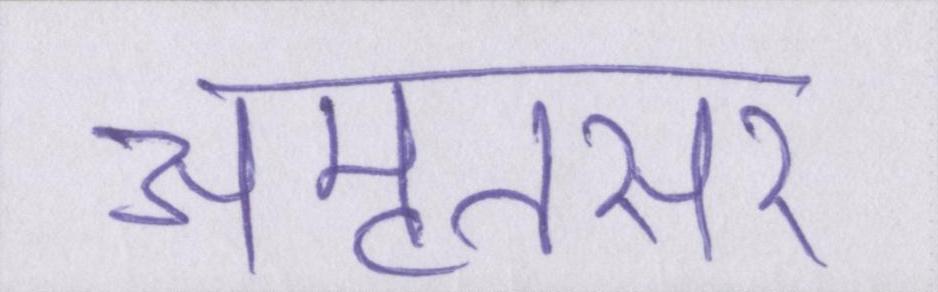
अमृतसर